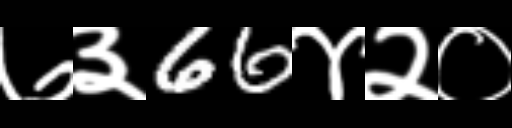
Text: ७३66४२०